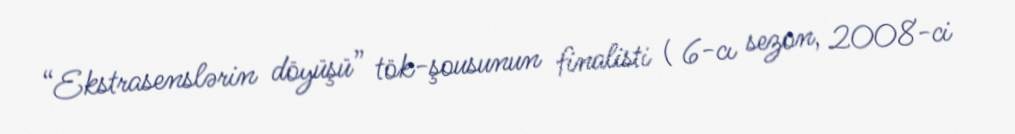
“Ekstrasenslərin döyüşü” tök-şousunun finalisti ( 6-cı sezon, 2008-ci